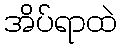
အိပ်ရာထဲ